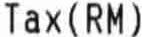
TAX(RM)